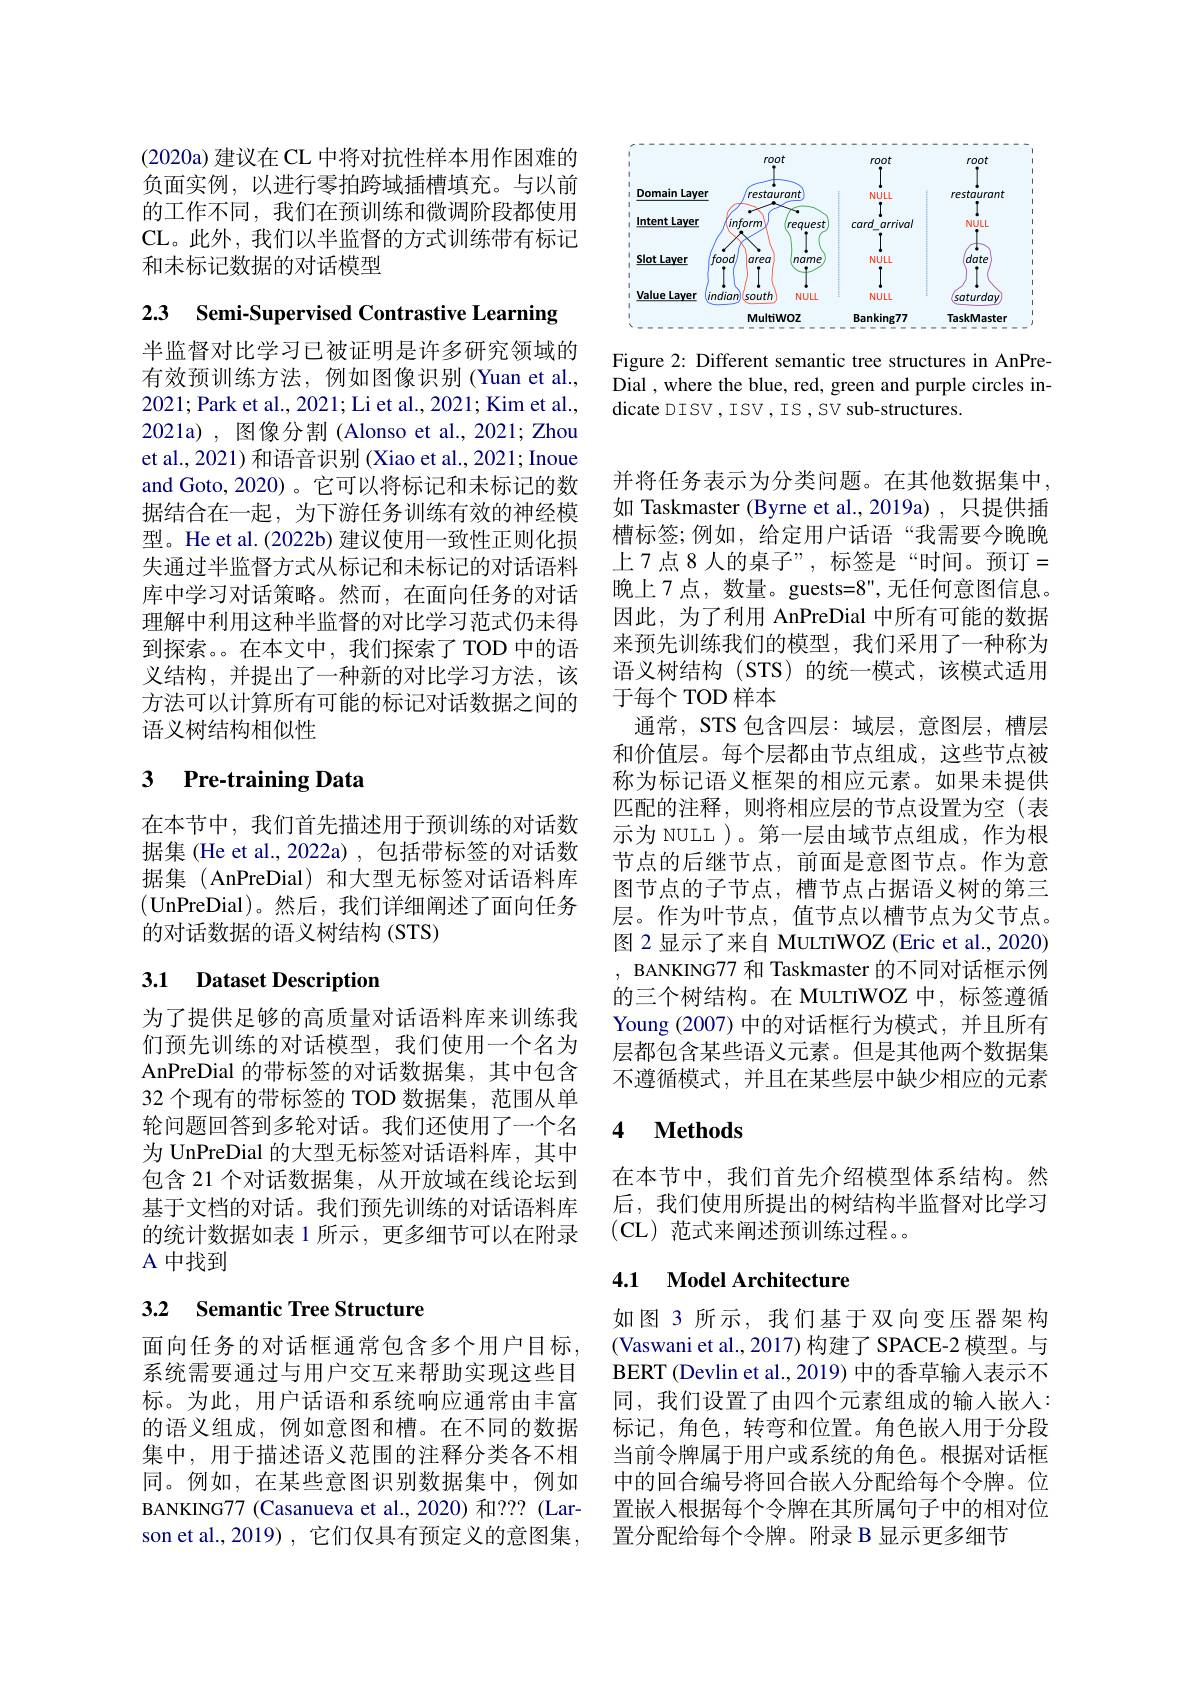
(2020a) 建议在 CL 中将对抗性样本用作困难的负面实例，以进行零拍跨域插槽填充。与以前的工作不同，我们在预训练和微调阶段都使用CL。此外，我们以半监督的方式训练带有标记和未标记数据的对话模型

2.3 Semi-Supervised Contrastive Learning

半监督对比学习已被证明是许多研究领域的有效预训练方法，例如图像识别(Yuan et al., 2021;Park et al., 2021; Li et al., 2021; Kim et al., 2021a) , 图像分割 (Alonso et al., 2021; Zhou et al., 2021) 和语音识别 (Xiao et al., 2021; Inoue and Goto, 2020)。它可以将标记和未标记的数据结合在一起，为下游任务训练有效的神经模型。He et al.(2022b) 建议使用一致性正则化损失通过半监督方式从标记和未标记的对话语料库中学习对话策略。然而，在面向任务的对话理解中利用这种半监督的对比学习范式仍未得到探索。。在本文中，我们探索了 TOD 中的语义结构，并提出了一种新的对比学习方法，该方法可以计算所有可能的标记对话数据之间的语义树结构相似性

# 3 Pre-training Data

在本节中，我们首先描述用于预训练的对话数据集 (He et al., 2022a) , 包括带标签的对话数据集 (AnPreDial) 和大型无标签对话语料库(UnPreDial)。然后，我们详细阐述了面向任务的对话数据的语义树结构(STS)

# 3.1 Dataset Description

为了提供足够的高质量对话语料库来训练我们预先训练的对话模型，我们使用一个名为AnPreDial 的带标签的对话数据集，其中包含32 个现有的带标签的 TOD 数据集，范围从单轮问题回答到多轮对话。我们还使用了一个名为 UnPreDial 的大型无标签对话语料库，其中包含 21 个对话数据集，从开放域在线论坛到基于文档的对话。我们预先训练的对话语料库的统计数据如表 1 所示，更多细节可以在附录A 中找到

## 3.2 Semantic Tree Structure

面向任务的对话框通常包含多个用户目标， 系统需要通过与用户交互来帮助实现这些目标。为此，用户话语和系统响应通常由丰富的语义组成，例如意图和槽。在不同的数据集中，用于描述语义范围的注释分类各不相同。例如，在某些意图识别数据集中，例如BANKING77 (Casanueva et al., 2020) 和？?? (Larson et al.,2019), 它们仅具有预定义的意图集，

<FigureHere>

Figure 2: Different semantic tree structures in AnPreDial , where the blue, red, green and purple circles indicate DISV , ISV , IS , SV sub-structures.

并将任务表示为分类问题。在其他数据集中， 如 Taskmaster (Byrne et al.,2019a) ,只提供插槽标签；例如，给定用户话语“我需要今晚晚上7点8人的桌子”,标签是“时间。预订= 晚上7点，数量。guests=8",无任何意图信息。因此，为了利用 AnPreDial 中所有可能的数据来预先训练我们的模型，我们采用了一种称为语义树结构 (STS)的统一模式，该模式适用于每个 TOD 样本
通常，STS 包含四层：域层，意图层，槽层和价值层。每个层都由节点组成，这些节点被称为标记语义框架的相应元素。如果未提供匹配的注释，则将相应层的节点设置为空(表示为 NULL )。第一层由域节点组成，作为根节点的后继节点，前面是意图节点。作为意图节点的子节点，槽节点占据语义树的第三层。作为叶节点，值节点以槽节点为父节点。图 2 显示了来自 MULTIWOZ (Eric et al., 2020) BANKING77 和 Taskmaster 的不同对话框示例的三个树结构。在 MULTIWOZ 中，标签遵循Young (2007) 中的对话框行为模式，并且所有层都包含某些语义元素。但是其他两个数据集不遵循模式，并且在某些层中缺少相应的元素

### 4 $\textbf{Methods}$

在本节中，我们首先介绍模型体系结构。然后，我们使用所提出的树结构半监督对比学习(CL)范式来阐述预训练过程。。

## 4.1 Model Architecture

如图 3 所示，我们基于双向变压器架构(Vaswani et al., 2017) 构建了 SPACE-2 模型。与BERT (Devlin et al., 2019) 中的香草输入表示不同，我们设置了由四个元素组成的输入嵌人： 标记，角色，转弯和位置。角色嵌入用于分段当前令牌属于用户或系统的角色。根据对话框中的回合编号将回合嵌入分配给每个令牌。位置嵌入根据每个令牌在其所属句子中的相对位置分配给每个令牌。附录 B 显示更多细节